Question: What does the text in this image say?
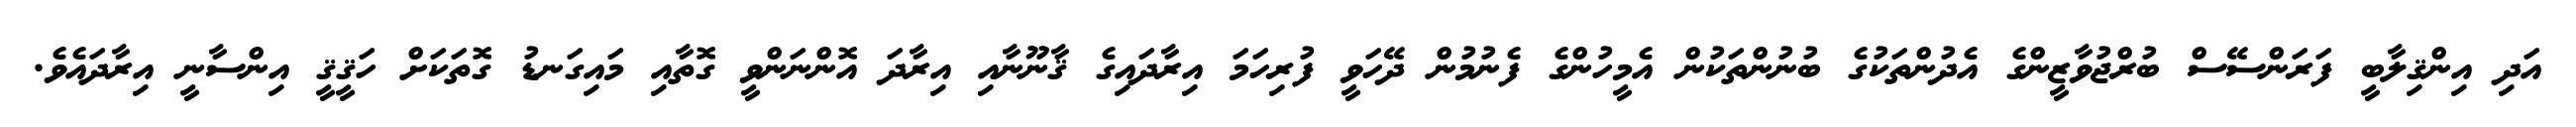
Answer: އަދި އިންޤިލާބީ ފަރަންސޭސް ބުރްޖުވާޒީންގެ އެދުންތަކުގެ ބުނުންތަކުން އެމީހުންގެ ފެނުމުން ދޭހަވީ ފުރިހަމަ އިރާދައިގެ ޤާނޫނާއި އިރާދަ އޮންނަންވީ ގޮތާއި މައިގަނޑު ގޮތަކަށް ހަޤީޤީ އިންސާނީ އިރާދައެވެ.